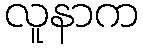
လူနာက